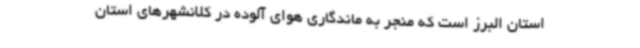
استان البرز است که منجر به ماندگاری هوای آلوده در کلانشهرهای استان